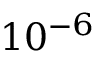
1 0 ^ { - 6 }